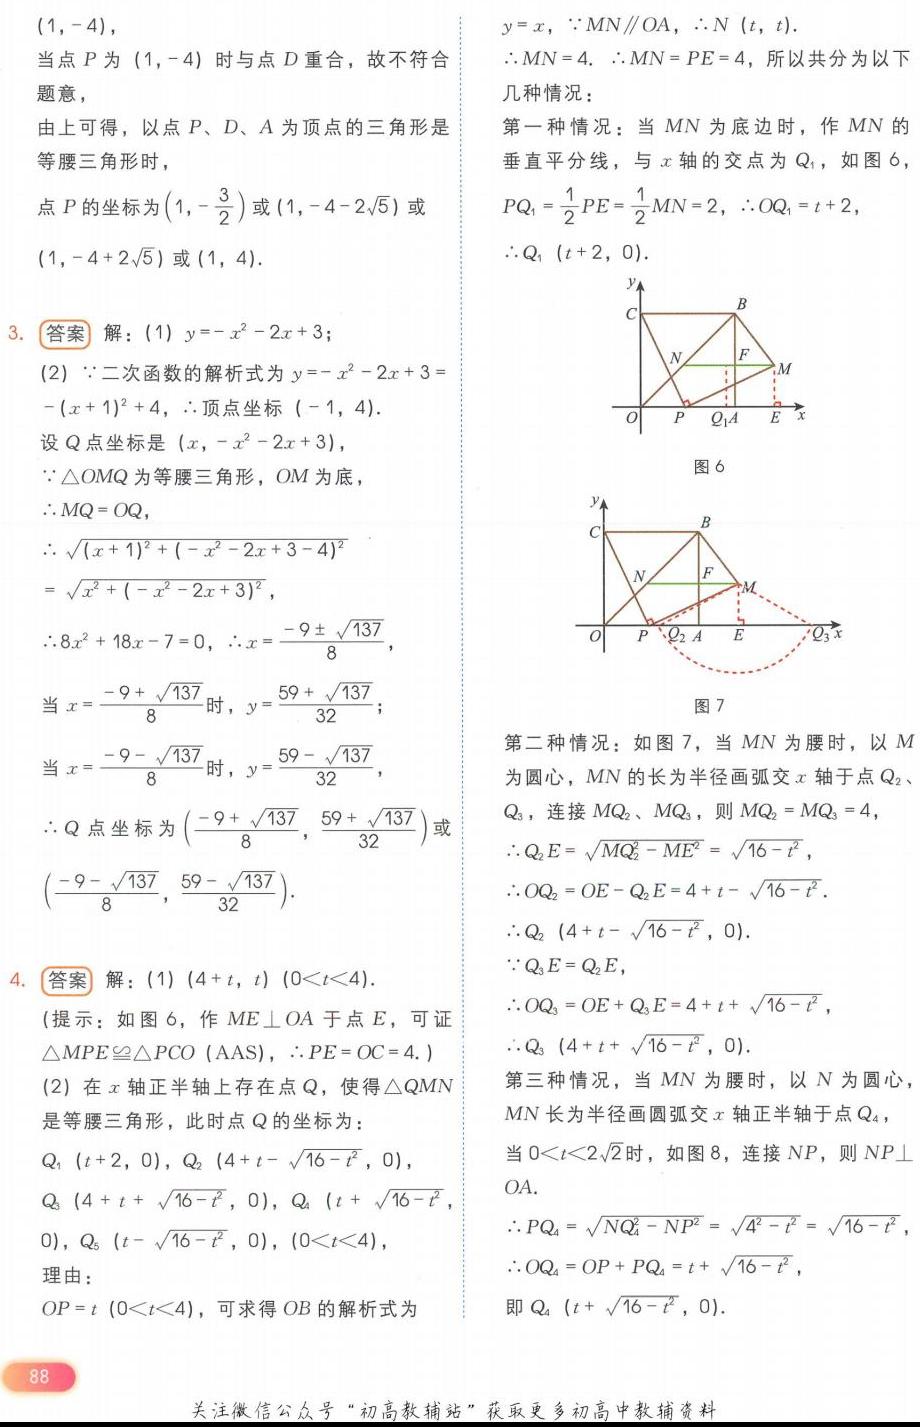
$(1,-4)$，
当点$P$为$(1, - 4)$时与点$D$重合，故不符合
题意，
由上可得，以点$P、D、A$为顶点的三角形是
等腰三角形时，
点$P$的坐标为$\left(1,-\dfrac{3}{2}\right)$或$(1,-4 - 2\sqrt{5})$或
$(1,-4 + 2\sqrt{5})$或$(1,4)$.
3. **答案** 解：(1)$y=-x^{2}-2x + 3$；
(2)$\because$二次函数的解析式为$y=-x^{2}-2x + 3=$
$-(x + 1)^{2}+4$，$\therefore$顶点坐标$(-1,4)$.
设$Q$点坐标是$(x,-x^{2}-2x + 3)$，
$\because\triangle OMQ$为等腰三角形，$OM$为底，
$\therefore MQ = OQ$，
$\therefore\sqrt{(x + 1)^{2}+(-x^{2}-2x + 3 - 4)^{2}}$
$=\sqrt{x^{2}+(-x^{2}-2x + 3)^{2}}$，
$\therefore8x^{2}+18x - 7 = 0$，$\therefore x=\dfrac{-9\pm\sqrt{137}}{8}$，
当$x=\dfrac{-9+\sqrt{137}}{8}$时，$y=\dfrac{59+\sqrt{137}}{32}$；
当$x=\dfrac{-9-\sqrt{137}}{8}$时，$y=\dfrac{59-\sqrt{137}}{32}$，
$\therefore Q$点坐标为$\left(\dfrac{-9+\sqrt{137}}{8},\dfrac{59+\sqrt{137}}{32}\right)$或
$\left(\dfrac{-9-\sqrt{137}}{8},\dfrac{59-\sqrt{137}}{32}\right)$.
4. **答案** 解：(1)$(4 + t)$，$(0\lt t\lt4)$.
(提示：如图6，作$ME\perp OA$于点$E$，可证
$\triangle MPE≌\triangle PCO$ ($\text{AAS}$)，$\therefore PE = OC = 4$. )
(2)在$x$轴正半轴上存在点$Q$，使得$\triangle QMN$
是等腰三角形，此时点$Q$的坐标为：
$Q_{1}(t + 2,0)$，$Q_{2}(4 + t-\sqrt{16 - t^{2}},0)$，
$Q_{3}(4 + t+\sqrt{16 - t^{2}},0)$，$Q_{4}(t+\sqrt{16 - t^{2}},0)$，
$Q_{5}(t-\sqrt{16 - t^{2}},0)$，$(0\lt t\lt4)$，
理由：
$OP = t(0\lt t\lt4)$，可求得$OB$的解析式为
$y = x$，$\because MN\parallel OA$，$\therefore N(t,t)$.
$\therefore MN = 4$. $\therefore MN = PE = 4$，所以共分为以下
几种情况：
第一种情况：当$MN$为底边时，作$MN$的
垂直平分线，与$x$轴的交点为$Q_{1}$，如图6，
$PQ_{1}=\dfrac{1}{2}PE=\dfrac{1}{2}MN = 2$，$\therefore OQ_{1}=t + 2$，
$\therefore Q_{1}(t + 2,0)$.
![图6](https://img-blog.csdnimg.cn/20240115152413744.png)
第二种情况：如图7，当$MN$为腰时，以$M$
为圆心，$MN$的长为半径画弧交$x$轴于点$Q_{2}$、
$Q_{3}$，连接$MQ_{2}$、$MQ_{3}$，则$MQ_{2}=MQ_{3}=4$，
$\therefore Q_{2}E=\sqrt{MQ_{2}^{2}-ME^{2}}=\sqrt{16 - t^{2}}$，
$\therefore OQ_{2}=OE - Q_{2}E=4 + t-\sqrt{16 - t^{2}}$.
$\therefore Q_{2}(4 + t-\sqrt{16 - t^{2}},0)$.
$\because Q_{3}E = Q_{2}E$，
$\therefore OQ_{3}=OE+Q_{3}E=4 + t+\sqrt{16 - t^{2}}$，
$\therefore Q_{3}(4 + t+\sqrt{16 - t^{2}},0)$.
第三种情况，当$MN$为腰时，以$N$为圆心
$MN$长为半径画圆弧交$x$轴正半轴于点$Q_{4}$，
当$0\lt t\lt2\sqrt{2}$时，如图8，连接$NP$，则$NP\perp$
$OA$.
$\therefore PQ_{4}=\sqrt{NQ_{4}^{2}-NP^{2}}=\sqrt{4^{2}-t^{2}}=\sqrt{16 - t^{2}}$，
$\therefore OQ_{4}=OP + PQ_{4}=t+\sqrt{16 - t^{2}}$，
即$Q_{4}(t+\sqrt{16 - t^{2}},0)$.

88
关注微信公众号“初高教辅站”获取更多初高中教辅资料